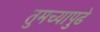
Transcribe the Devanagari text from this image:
तुमच्यापुढे